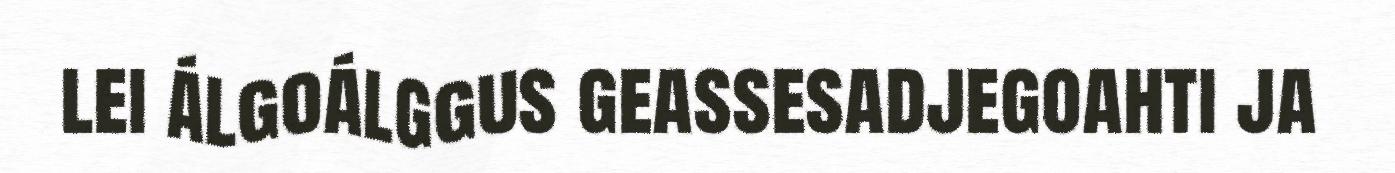
lei álgoálggus geassesadjegoahti ja